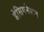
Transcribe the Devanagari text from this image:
डेसिगनेशन